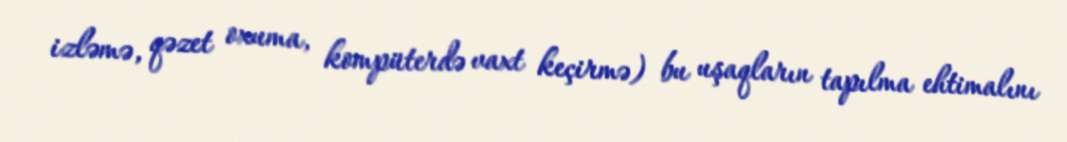
izləmə, qəzet oxuma, kompüterdə vaxt keçirmə) bu uşaqların tapılma ehtimalını